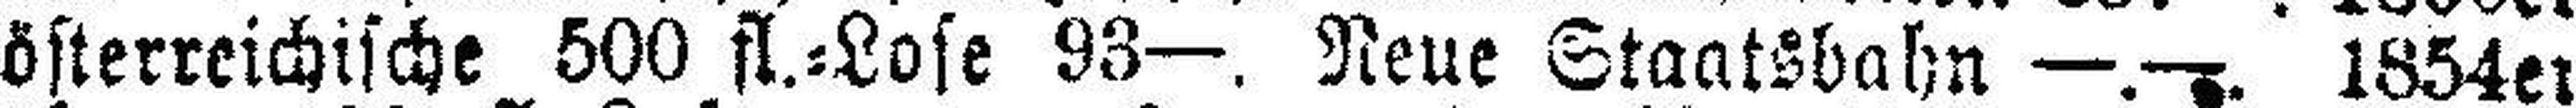
österreichische 500 fl.=Lose 93—. Neue Staatsbahn —.—. 1854er